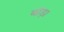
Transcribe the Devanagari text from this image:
बांड़ा